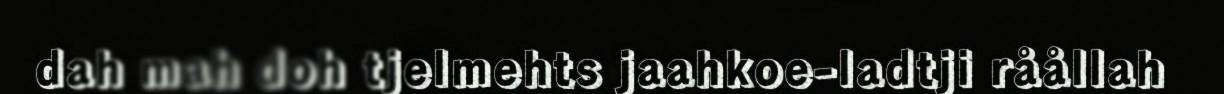
dah mah doh tjelmehts jaahkoe-ladtji råållah